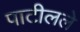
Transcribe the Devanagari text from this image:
पाटीलले